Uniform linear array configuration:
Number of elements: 4
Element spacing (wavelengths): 0.5
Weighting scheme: kaiser
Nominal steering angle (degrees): -45
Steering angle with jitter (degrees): -44.068
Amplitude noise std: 0.05
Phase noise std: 0.05

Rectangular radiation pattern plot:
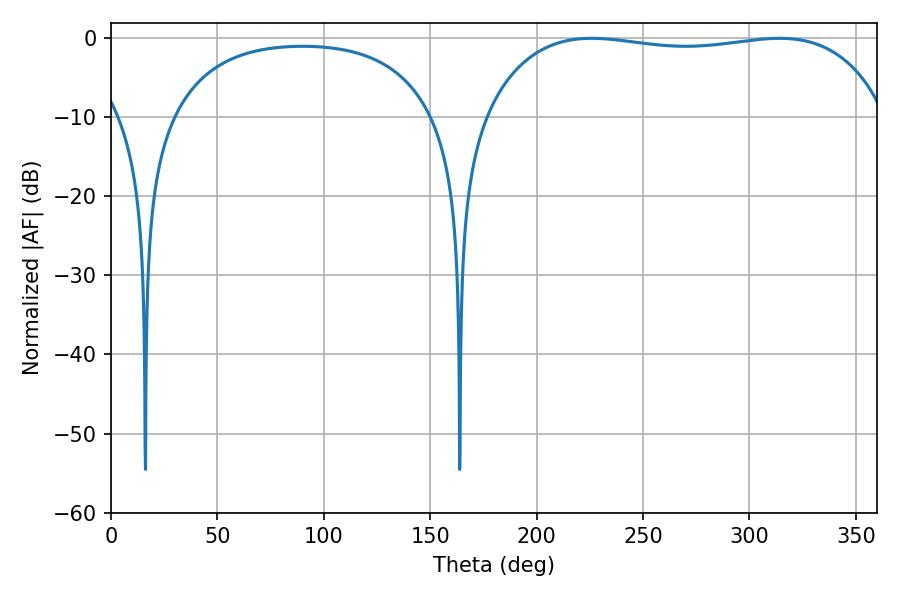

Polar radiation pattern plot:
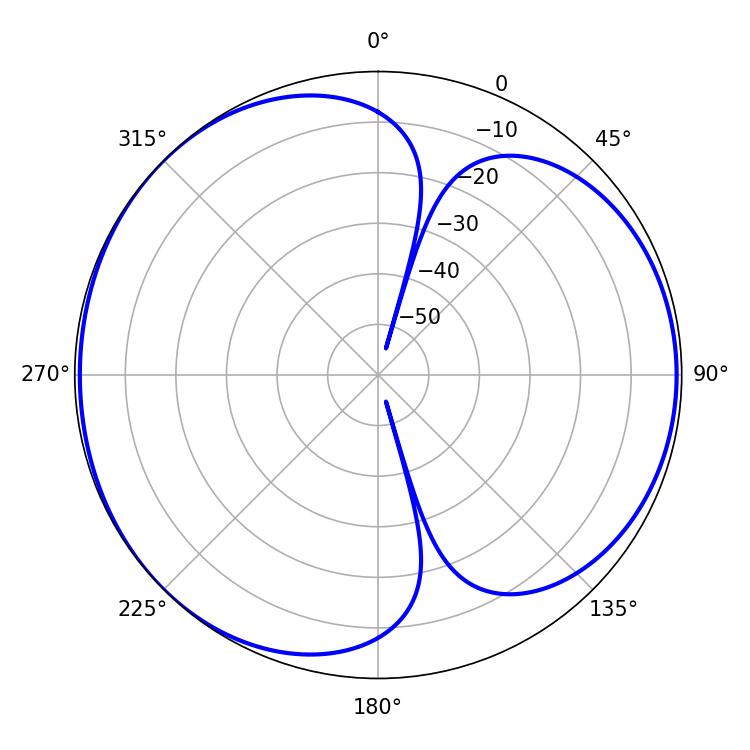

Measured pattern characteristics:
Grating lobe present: FALSE
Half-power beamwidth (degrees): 151.56
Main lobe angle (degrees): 225.9